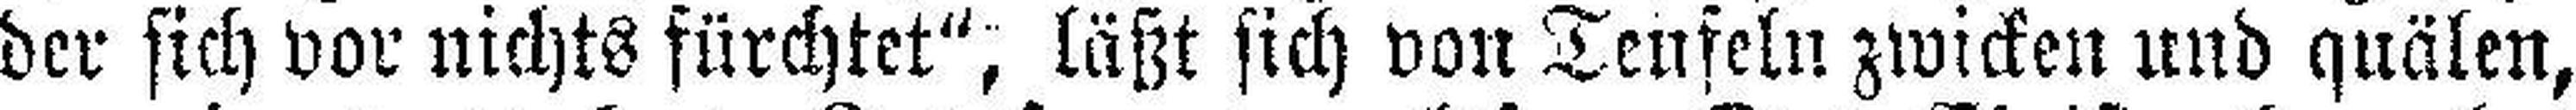
der sich vor nichts fürchtet“, läßt sich von Teufeln zwicken und quälen,